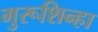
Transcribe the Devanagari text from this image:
गुरूशिन्हा